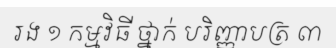
រង ១ កម្មវិធី ថ្នាក់ បរិញ្ញាបត្រ ៣